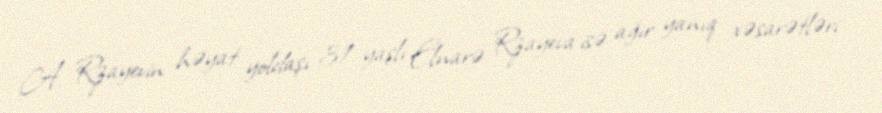
A. Rzayevin həyat yoldaşı 31 yaşlı Elnarə Rzayeva isə ağır yanıq xəsarətləri